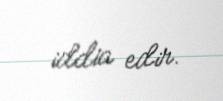
iddia edir.